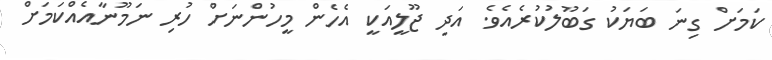
ކަމަށް ގިނަ ބަޔަކު ގަބޫލުކުރެއެވެ. އަދި ޖޫލީއަކީ އެހެން މީހުންނަށް ހުރި ނަމޫނާއެއްކަމަށް